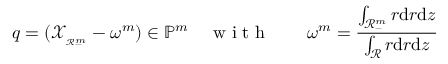
q = ( \mathscr { X } _ { _ { \mathscr { R } _ { - } ^ { m } } } - \omega ^ { m } ) \in { \mathbb { P } } ^ { m } \quad \mathrm { ~ w ~ i ~ t ~ h ~ } \qquad \omega ^ { m } = \frac { \int _ { \mathscr { R } _ { - } ^ { m } } r \mathrm { d } r \mathrm { d } z } { \int _ { \mathscr { R } } r \mathrm { d } r \mathrm { d } z }